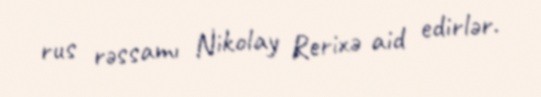
rus rəssamı Nikolay Rerixə aid edirlər.